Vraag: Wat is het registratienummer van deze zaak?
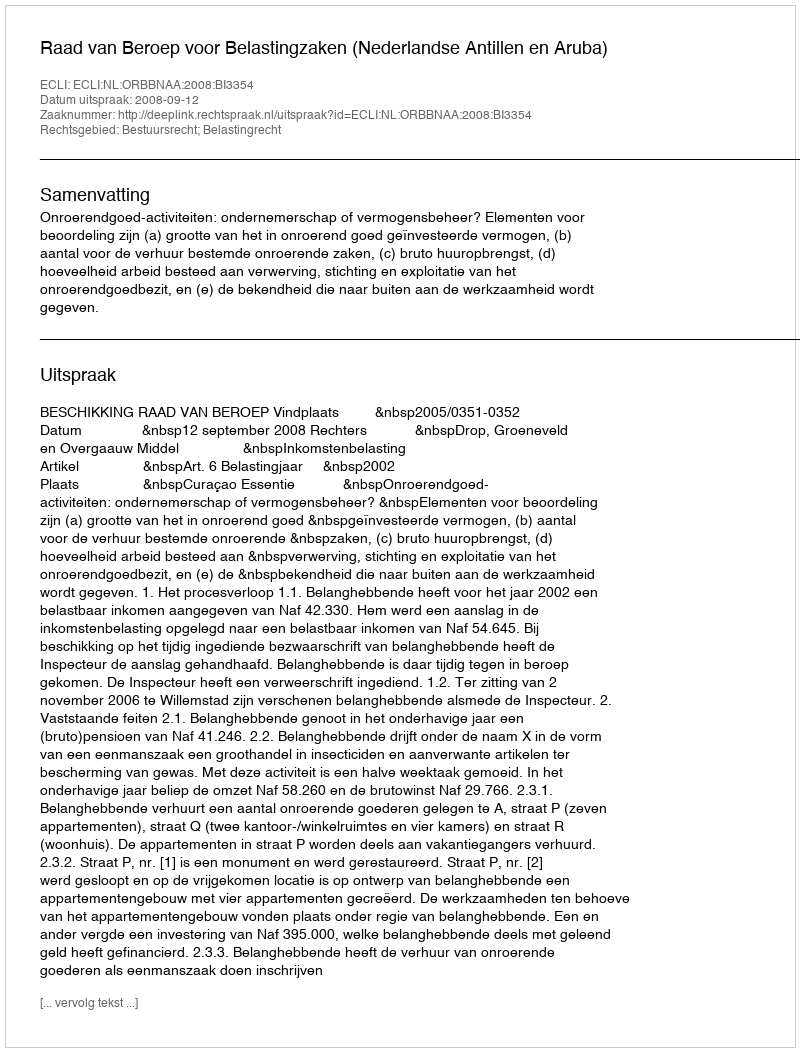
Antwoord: http://deeplink.rechtspraak.nl/uitspraak?id=ECLI:NL:ORBBNAA:2008:BI3354